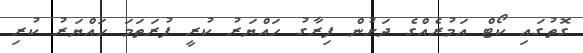
ގޮތުގައި ކޯޓް އަމުރެއްގެ ދަށުން ފިރާގު ހައްޔަރު ކުރީ ފުރަތަމަ ހައްޔަރު ކުރި